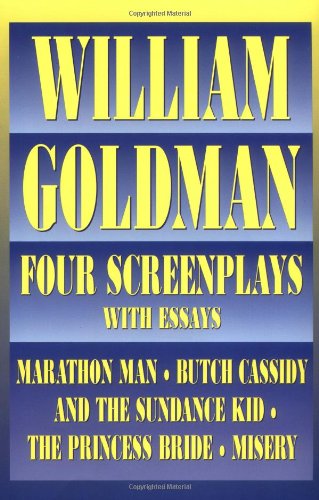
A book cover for William Goldman: Four Screenplays with Essays; William Goldman; Humor & Entertainment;